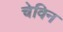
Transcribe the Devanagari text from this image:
चेविन